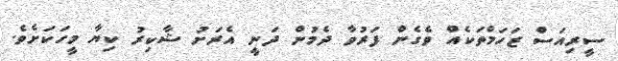
ސީރިއަސް ޒަހަމްތަކެއް ވެގެން ފަރުވާ ދެމުން ދަނީ އެރަށު ޝާކިރު ކިޔާ މީހަކަށެވެ.